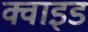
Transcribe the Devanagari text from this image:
क्वाइड